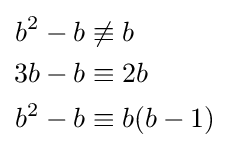
{\begin{aligned}b^{2}-b&\not \equiv b\\3b-b&\equiv 2b\\b^{2}-b&\equiv b(b-1)\end{aligned}}